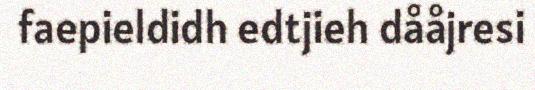
faepieldidh edtjieh dååjresi